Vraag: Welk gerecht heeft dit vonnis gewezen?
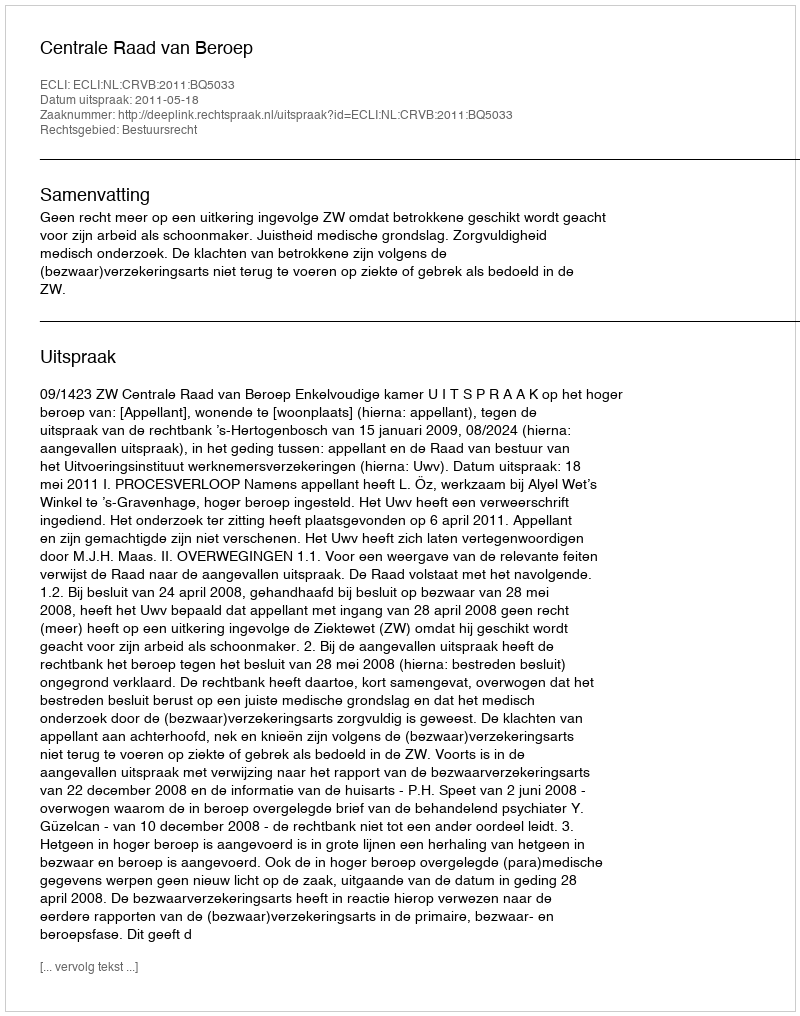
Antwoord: Centrale Raad van Beroep